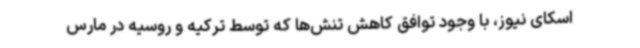
اسکای نیوز، با وجود توافق کاهش تنش‌ها که توسط ترکیه و روسیه در مارس